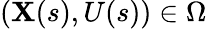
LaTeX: (\mathbf{X}(s),U(s))\in\Omega